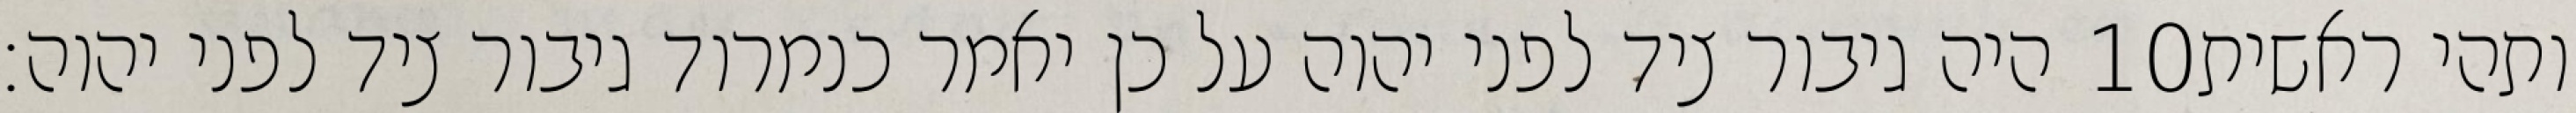
היה גיבור ציד לפני יהוה על כן יאמר כנמרוד גיבור ציד לפני יהוה׃ ‎10‏ ותהי ראשית